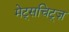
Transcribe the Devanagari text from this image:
मेट्सचिट्ज़